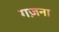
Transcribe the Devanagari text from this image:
गज़ना